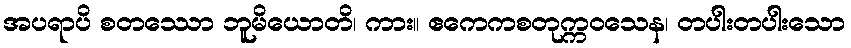
အပရာပိ စတဿော ဘူမိယောတိ၊ ကား။ ဧကေကစတုက္ကဝသေန၊ တပါးတပါးသော